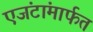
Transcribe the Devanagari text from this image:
एजंटांमार्फत